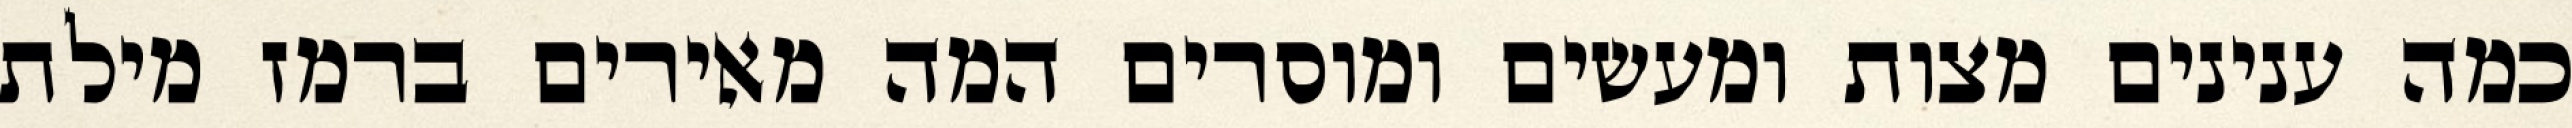
כמה ענינים מצות ומעשים ומוסרים המה מאירים ברמז מילת